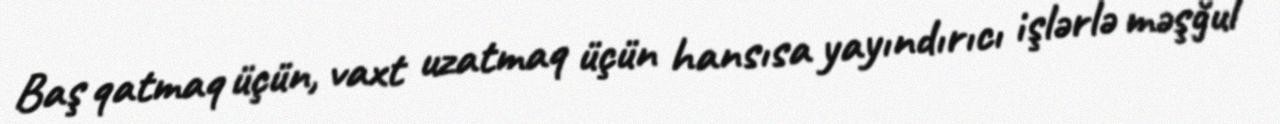
Baş qatmaq üçün, vaxt uzatmaq üçün hansısa yayındırıcı işlərlə məşğul